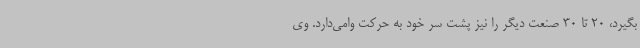
بگیرد، 20 تا 30 صنعت دیگر را نیز پشت سر خود به حرکت وامی‌دارد. وی